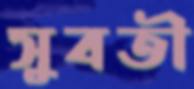
সুবতী